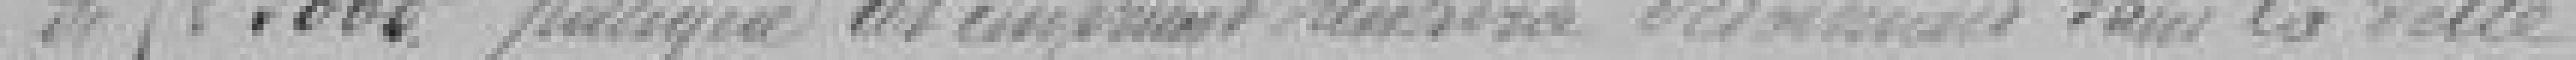
de  francs puisque cet emprunt rentrera pleinement dans la dette